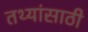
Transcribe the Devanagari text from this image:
तथ्यांसाठी